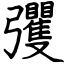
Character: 彏